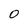
Character: 0